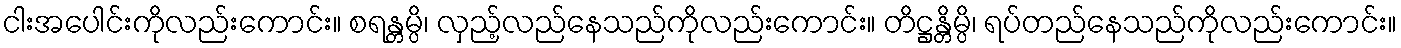
ငါးအပေါင်းကိုလည်းကောင်း။ စရန္တမ္ပိ၊ လှည့်လည်နေသည်ကိုလည်းကောင်း။ တိဋ္ဌန္တိမ္ပိ၊ ရပ်တည်နေသည်ကိုလည်းကောင်း။